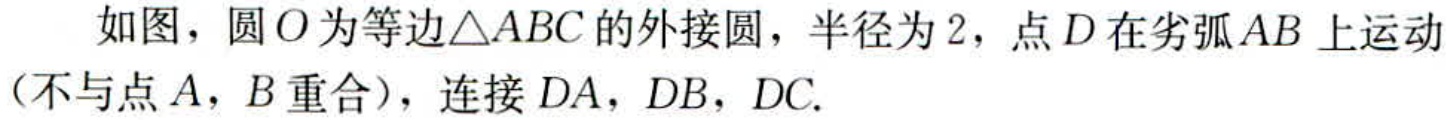
如图，圆\(O\)为等边\(\triangle ABC\)的外接圆，半径为 \(2\)，点 \(D\)在劣弧 \(AB\) 上运动（不与点 \(A\)，\(B\)重合），连接 \(DA\)，\(DB\)，\(DC\).